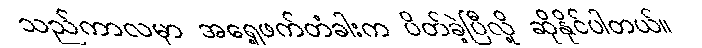
သည်ကာလမှာ အရှေ့ဖက်တံခါးက ပိတ်ခဲ့ပြီလို့ ဆိုနိုင်ပါတယ်။